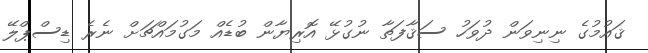
ޤައުމުގެ ނިނިވަން ދުވަހު ސަޤާފަތާ ނުގުޅޭ އޮރިޔާން ބުޑެއް މަގުމައްޗަށް ނެރެ ޑިސްޕްލޭ